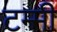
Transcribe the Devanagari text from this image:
टम्मी